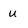
Character: u